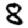
Digit: 8